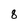
Character: 8